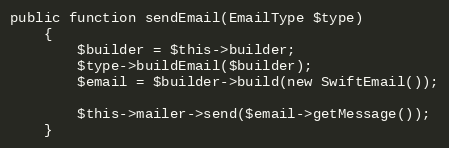
Language: PHP
public function sendEmail(EmailType $type)
    {
        $builder = $this->builder;
        $type->buildEmail($builder);
        $email = $builder->build(new SwiftEmail());

        $this->mailer->send($email->getMessage());
    }